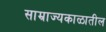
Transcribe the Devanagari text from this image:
साम्राज्यकाळातील